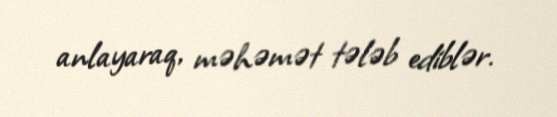
anlayaraq, məhəmət tələb ediblər.